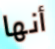
أنها